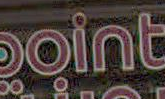
Point